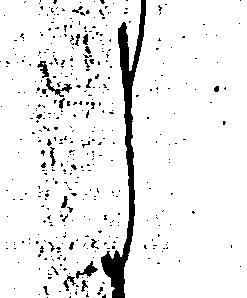
う